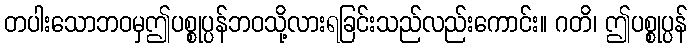
တပါးသောဘဝမှဤပစ္စုပ္ပန်ဘဝသို့လားရခြင်းသည်လည်းကောင်း။ ဂတိ၊ ဤပစ္စုပ္ပန်